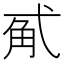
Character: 𰐏